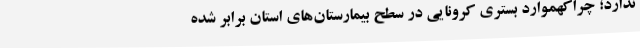
ندارد؛ چراکهموارد بستری کرونایی در سطح بیمارستان‌های استان برابر شده